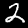
Label: 2